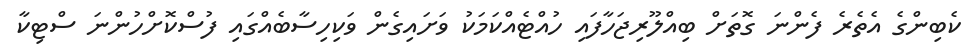
ކެބިންގެ އެތެރެ ފެންނަ ގޮތަށް ބިއްލޫރިޖަހާފައި ހުއްޓެއްކަމަކު ވަށައިގެން ވަކިހިސާބެއްގައި ފުސްކޮށްހުންނަ ސްޓިކާ